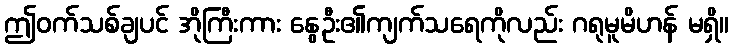
ဤဝက်သစ်ချပင် အိုကြီးကား နွေဦး၏ကျက်သရေကိုလည်း ဂရုမူမိဟန် မရှိ။